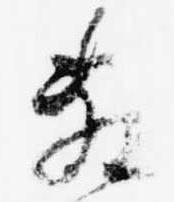
敷